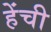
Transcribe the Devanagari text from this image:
हेंची